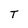
Character: T